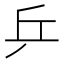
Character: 乒